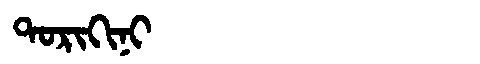
Manchu: ᡨᠣᡵᡳᡴᡳᠨᡳ
Romanization: TORIKINI